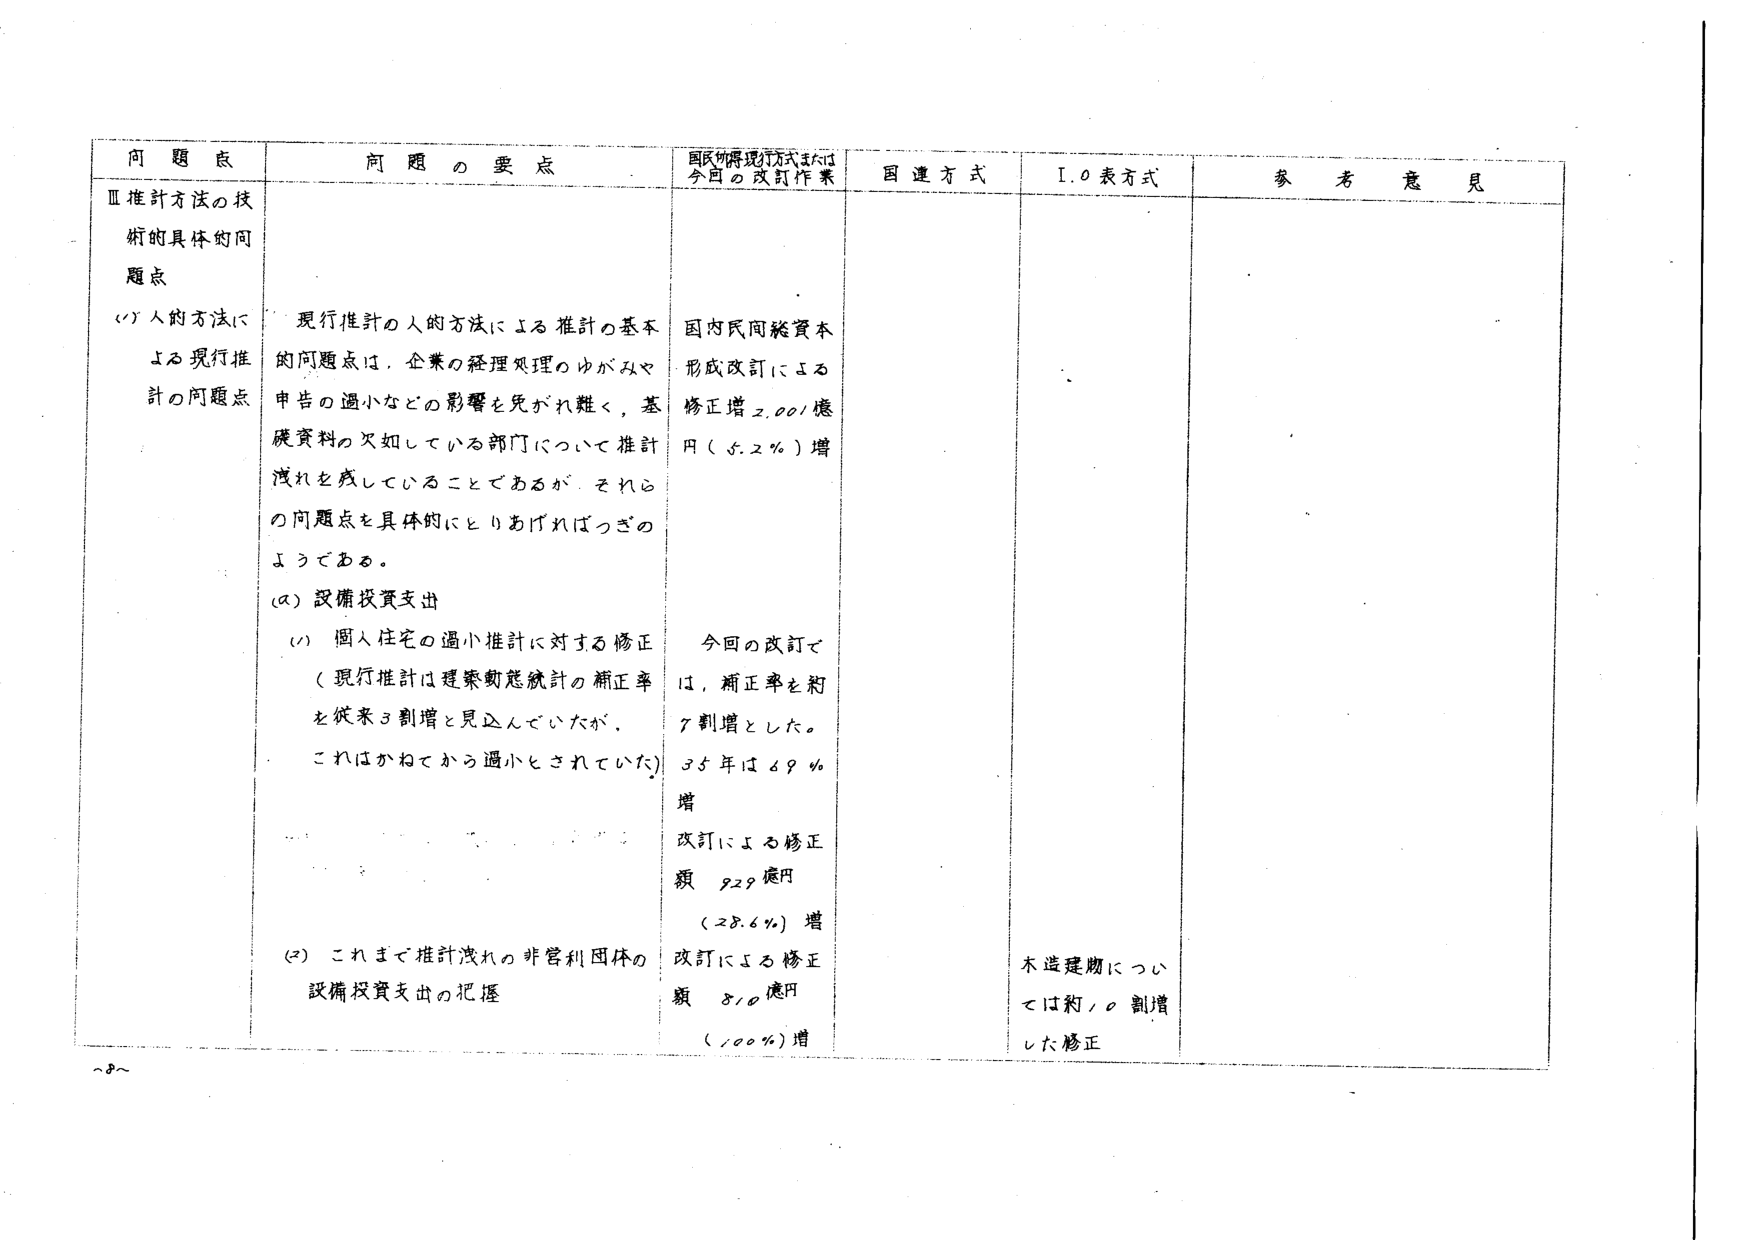
問題点 問題の要点 国民所得現行方式または今回の改訂作業 国連方式 I.O表方式 参考意見
Ⅲ推計方法の技術的具体的問題点
(1)人的方法による現行推計の問題点
現行推計の人的方法による推計の基本的問題点は、企業の経理処理のゆがみや申告の過小などの影響を免がれ難く、基礎資料の欠如している部門について推計洩れを残していることであるが、それらの問題点を具体的にとりあげればつぎのようである。
(a)設備投資支出
(1)個人住宅の過小推計に対する修正（現行推計は建築動態統計の補正率を従来3割増と見込んでいたが、これはかねてから過小とされていた）
(2)これまで推計洩れの非営利団体の設備投資支出の把握
国内民間総資本形成改訂による修正増2,001億円（5.2％）増
今回の改訂では、補正率を約7割増とした。35年は69％増
改訂による修正額929億円（28.6％）増
改訂による修正額810億円（100％）増
木造建物については約10割増した修正
～8～